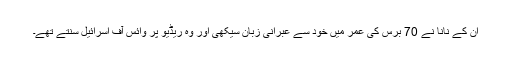
ان کے نانا نے 70 برس کی عمر میں خود سے عبرانی زبان سیکھی اور وہ ریڈیو پر وائس آف اسرائیل سنتے تھے۔